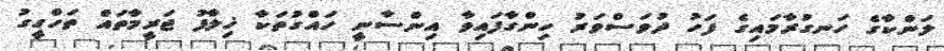
ލަންކާގެ ހަނގުރާމައިގެ ފަހު ދުވަސްވަރު ހިންގާފައިވާ އިންސާނީ ހައްގުތަކާ ޚިލާފު ޖަރީމާތައް ތަހްގީގު